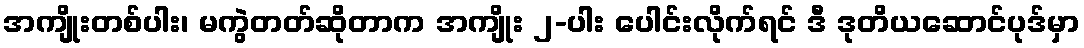
အကျိုးတစ်ပါး၊ မကွဲတတ်ဆိုတာက အကျိုး ၂-ပါး ပေါင်းလိုက်ရင် ဒီ ဒုတိယဆောင်ပုဒ်မှာ